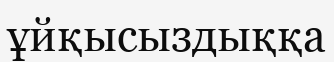
ұйқысыздыққа